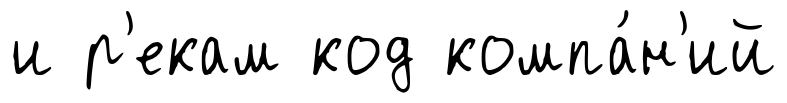
и р'екам код компа́н'ий